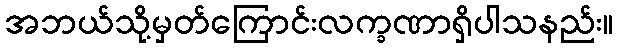
အဘယ်သို့မှတ်ကြောင်းလက္ခဏာရှိပါသနည်း။